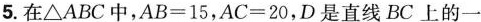
5.在\triangle ABC中，$$AB=15$$，$$AC=20$$，D是直线BC上的一